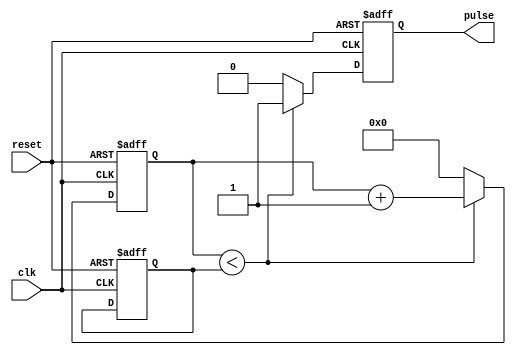
module asynchronous_pulse_generator (
    input wire clk,
    input wire reset,
    output reg pulse
);

reg [15:0] pulse_duration;
reg [15:0] count;

always @ (posedge clk or posedge reset) begin
    if (reset) begin
        pulse_duration <= 16'h0;
        count <= 16'h0;
        pulse <= 1'b0;
    end else begin
        if (count < pulse_duration) begin
            count <= count + 1;
            pulse <= 1'b1;
        end else begin
            count <= 16'h0;
            pulse <= 1'b0;
        end
    end
end

endmodule